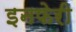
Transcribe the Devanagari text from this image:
इनफेरी